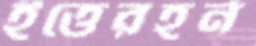
ইত্তেরহর্ন